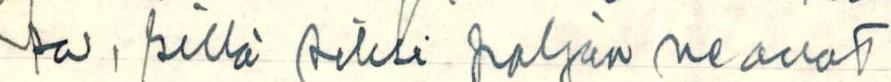
sa, sillä siksi paljon ne ovat